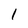
Character: 1